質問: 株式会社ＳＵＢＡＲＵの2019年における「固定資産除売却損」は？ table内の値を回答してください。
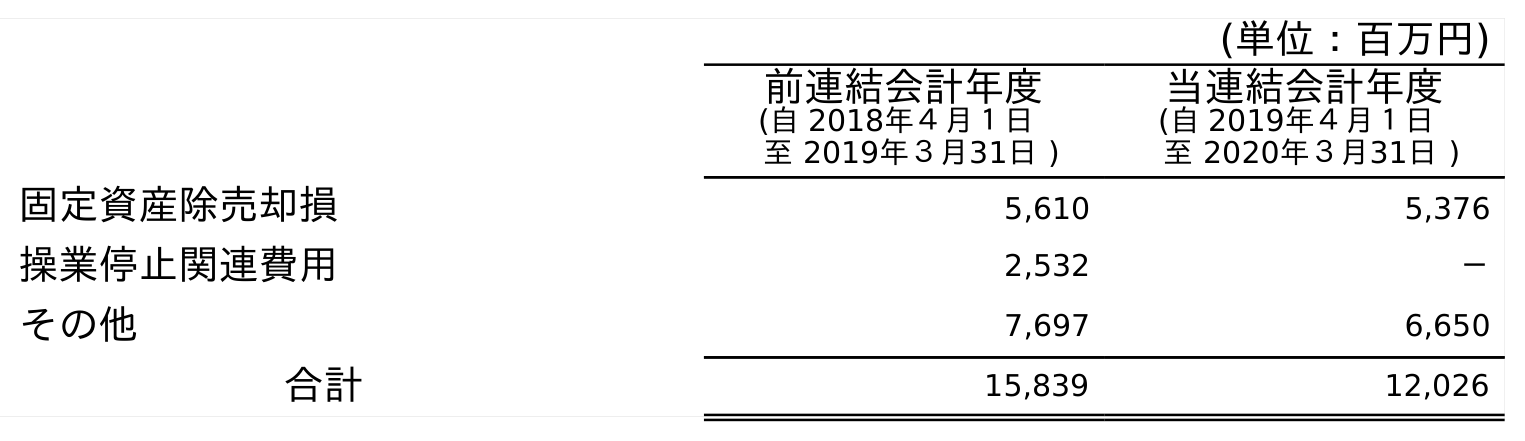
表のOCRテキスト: (単位：百万円) 前連結会計年度 (自 2018年４月１日 至 2019年３月31日 ) 当連結会計年度 (自 2019年４月１日 至 2020年３月31日 ) 固定資産除売却損 5,610 5,376 操業停止関連費用 2,532 － その他 7,697 6,650 合計 15,839 12,026
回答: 5,610